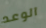
الوعد